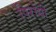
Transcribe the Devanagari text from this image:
पिरोयी